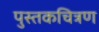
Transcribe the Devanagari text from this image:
पुस्तकचित्रण